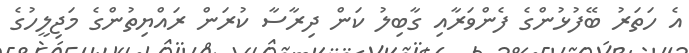
އެ ހަތަރު ބޭފުޅުންގެ ފެންވަރާއި ގާބިލު ކަން ދިރާސާ ކުރަން ރައްޔިތުންގެ މަޖިލީހުގެ